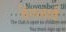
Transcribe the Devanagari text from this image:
तेंगलाई